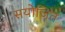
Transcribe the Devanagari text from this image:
सयोजित